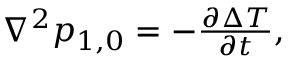
\begin{array} { r } { \nabla ^ { 2 } p _ { 1 , 0 } = - \frac { \partial \Delta T } { \partial t } , } \end{array}